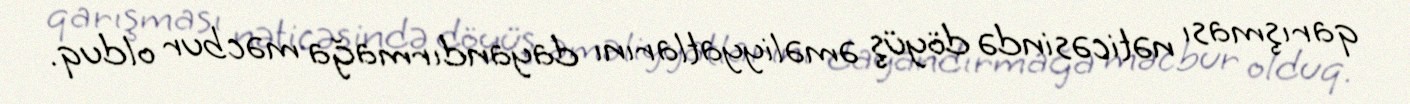
qarışması nəticəsində döyüş əməliyyatlarını dayandırmağa məcbur olduq.